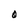
Character: O